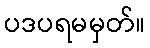
ပဒပရမမှတ်။